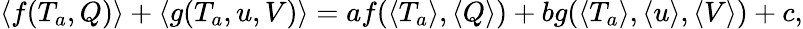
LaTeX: \langle f(T_{a},Q)\rangle+\langle g(T_{a},u,V)\rangle=af(\langle T_{a}\rangle,\langle Q\rangle)+bg(\langle T_{a}\rangle,\langle u\rangle,\langle V\rangle)+c,